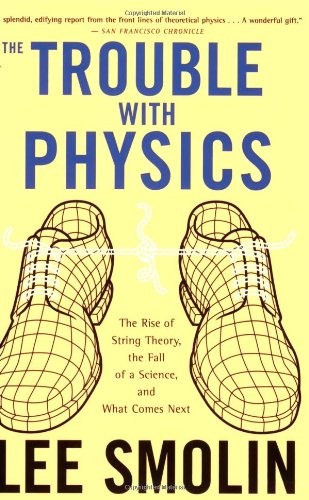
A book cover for The Trouble With Physics: The Rise of String Theory, The Fall of a Science, and What Comes Next; Lee Smolin; Science & Math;